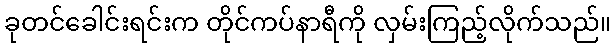
ခုတင်ခေါင်းရင်းက တိုင်ကပ်နာရီကို လှမ်းကြည့်လိုက်သည်။